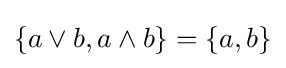
\{a\vee b,a\wedge b\}=\{a,b\}